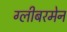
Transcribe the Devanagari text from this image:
ग्लीबरमेन